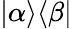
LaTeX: |\alpha\rangle\langle\beta|